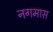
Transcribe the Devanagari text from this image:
नगमास